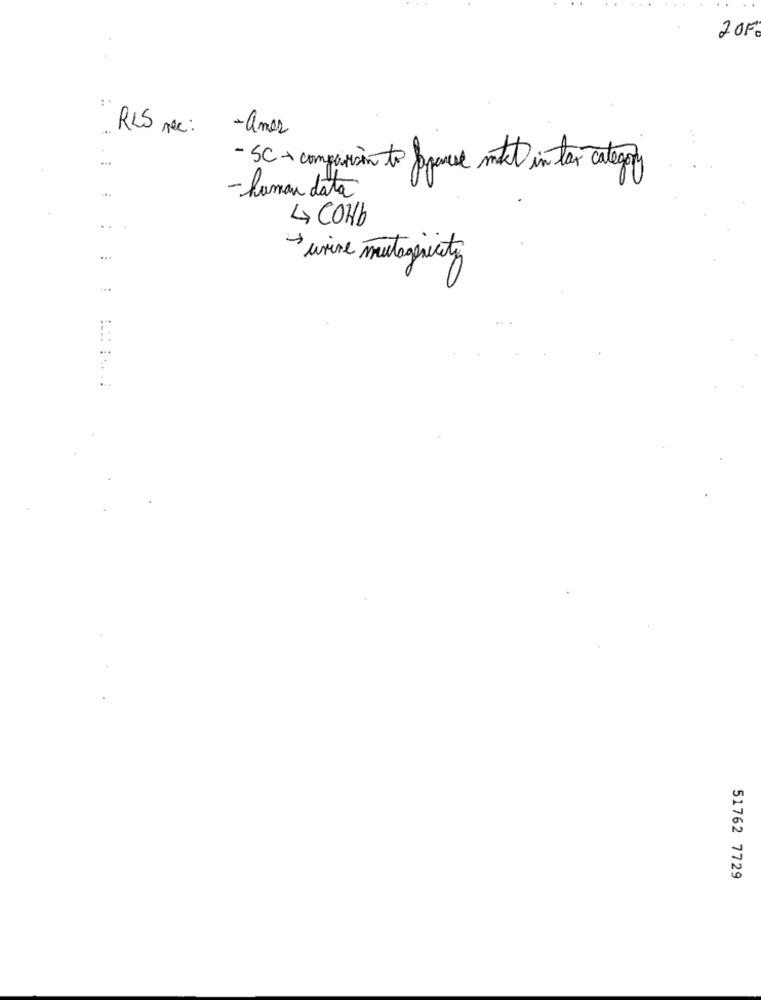
2OF
...
RLS nec :
-amor
- SC- compassion to Japanese mitket in tax category
- human data
4 COHb
..
urine mutageneraty
51762 7729